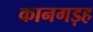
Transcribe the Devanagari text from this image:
कानगड़ह